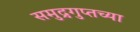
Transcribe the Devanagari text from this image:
समुद्रगुप्तच्या